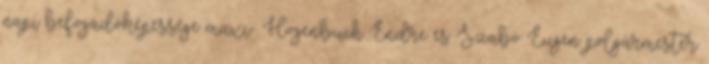
napi befogadóképessége maxi- Hogenbuch Endre és Szabó Eugen polgármester